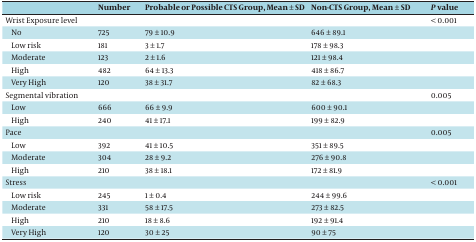
<table><thead><tr><td></td><td><b>Number</b></td><td><b>Probable or Possible CTS Group, Mean ± SD</b></td><td><b>Non-CTS Group, Mean ± SD</b></td><td><b><i>P </i>value</b></td></tr></thead><tbody><tr><td>Wrist Exposure level</td><td></td><td></td><td></td><td>&lt; 0.001</td></tr><tr><td>No</td><td>725</td><td>79 ± 10.9</td><td>646 ± 89.1</td><td></td></tr><tr><td>Low risk</td><td>181</td><td>3 ± 1.7</td><td>178 ± 98.3</td><td></td></tr><tr><td>Moderate</td><td>123</td><td>2 ± 1.6</td><td>121 ± 98.4</td><td></td></tr><tr><td>High</td><td>482</td><td>64 ± 13.3</td><td>418 ± 86.7</td><td></td></tr><tr><td>Very High</td><td>120</td><td>38 ± 31.7</td><td>82 ± 68.3</td><td></td></tr><tr><td>Segmental vibration</td><td></td><td></td><td></td><td>0.005</td></tr><tr><td>Low</td><td>666</td><td>66 ± 9.9</td><td>600 ± 90.1</td><td></td></tr><tr><td>High</td><td>240</td><td>41 ± 17.1</td><td>199 ± 82.9</td><td></td></tr><tr><td>Pace</td><td></td><td></td><td></td><td>0.005</td></tr><tr><td>Low</td><td>392</td><td>41 ± 10.5</td><td>351 ± 89.5</td><td></td></tr><tr><td>Moderate</td><td>304</td><td>28 ± 9.2</td><td>276 ± 90.8</td><td></td></tr><tr><td>High</td><td>210</td><td>38 ± 18.1</td><td>172 ± 81.9</td><td></td></tr><tr><td>Stress </td><td></td><td></td><td></td><td>&lt;0.001</td></tr><tr><td>Low risk</td><td>245</td><td>1 ± 0.4</td><td>244 ± 99.6</td><td></td></tr><tr><td>Moderate</td><td>331</td><td>58 ± 17.5</td><td>273 ± 82.5</td><td></td></tr><tr><td>High</td><td>210</td><td>18 ± 8.6</td><td>192 ± 91.4</td><td></td></tr><tr><td>Very High</td><td>120</td><td>30 ± 25</td><td>90 ± 75</td><td></td></tr></tbody></table>